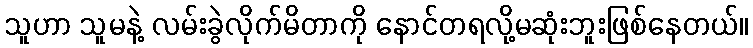
သူဟာ သူမနဲ့ လမ်းခွဲလိုက်မိတာကို နောင်တရလို့မဆုံးဘူးဖြစ်နေတယ်။